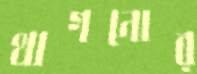
থাগনোর